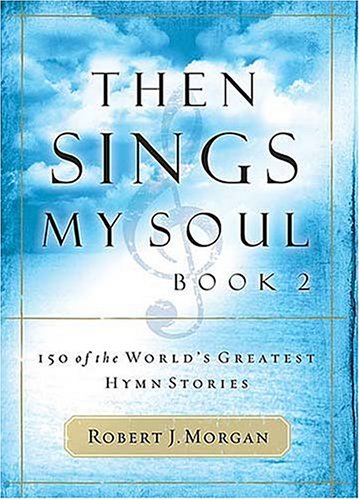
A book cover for Then Sings My Soul, Book 2: 150 of the World's Greatest Hymn Stories (BK 2); Robert Morgan; Arts & Photography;